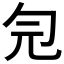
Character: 𠣑